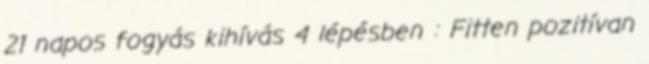
21 napos fogyás kihívás 4 lépésben : Fitten pozitívan